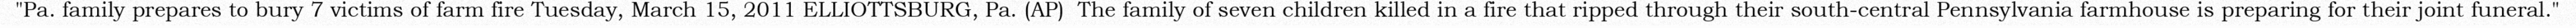
"Pa. family prepares to bury 7 victims of farm fire Tuesday, March 15, 2011 ELLIOTTSBURG, Pa. (AP)  The family of seven children killed in a fire that ripped through their south-central Pennsylvania farmhouse is preparing for their joint funeral."